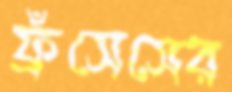
ফ্রঁসেসের